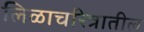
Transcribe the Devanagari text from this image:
लिळाचरित्रातील